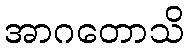
အာဂတောသိ